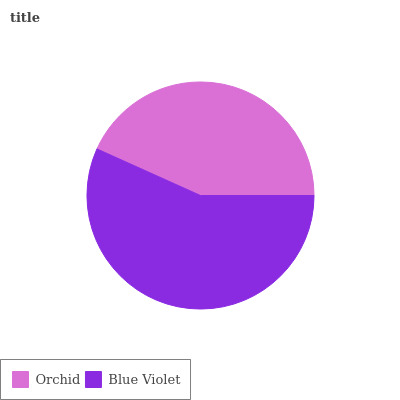
| Orchid | Blue Violet |
 | --- | --- |
 | 43.3% | 56.7% |